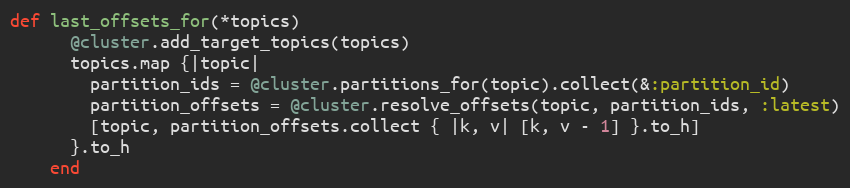
Language: Ruby
def last_offsets_for(*topics)
      @cluster.add_target_topics(topics)
      topics.map {|topic|
        partition_ids = @cluster.partitions_for(topic).collect(&:partition_id)
        partition_offsets = @cluster.resolve_offsets(topic, partition_ids, :latest)
        [topic, partition_offsets.collect { |k, v| [k, v - 1] }.to_h]
      }.to_h
    end